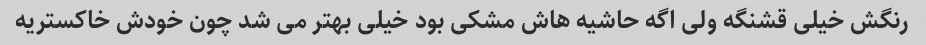
رنگش خیلی قشنگه ولی اگه حاشیه هاش مشکی بود خیلی بهتر می شد چون خودش خاکستریه